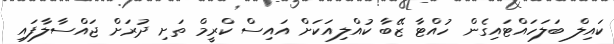
ކައިލް ބަލަހައްޓައިގެން ހުއްޓާ ޒޭބާ ކުއްލިއަކަށް އައިސް ކްރީމް ތަށި ދުރަށް ޖައްސާލާފައި